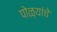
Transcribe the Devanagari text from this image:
पोळ्यांचे